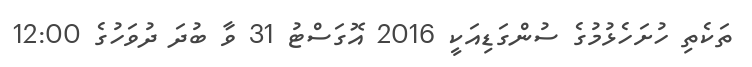
ތަކެތި ހުށަހެޅުމުގެ ސުންގަޑިއަކީ 2016 އޮގަސްޓު 31 ވާ ބުދަ ދުވަހުގެ 12:00